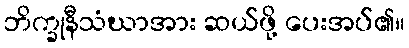
ဘိက္ခုနီသံဃာအား ဆယ်ဖို့ ပေးအပ်၏။